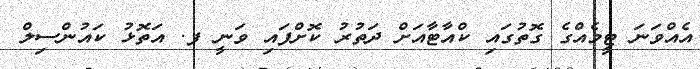
އެއްވަނަ ޓީމެއްގެ ގޮތުގައި ކްއާޓާއަށް ދަތުރު ކޮށްފައި ވަނީ ފ. އަތޮޅު ކައުންސިލް